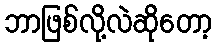
ဘာဖြစ်လို့လဲဆိုတော့